Report of the Bombay Plague Committee
Disease focus: Plague
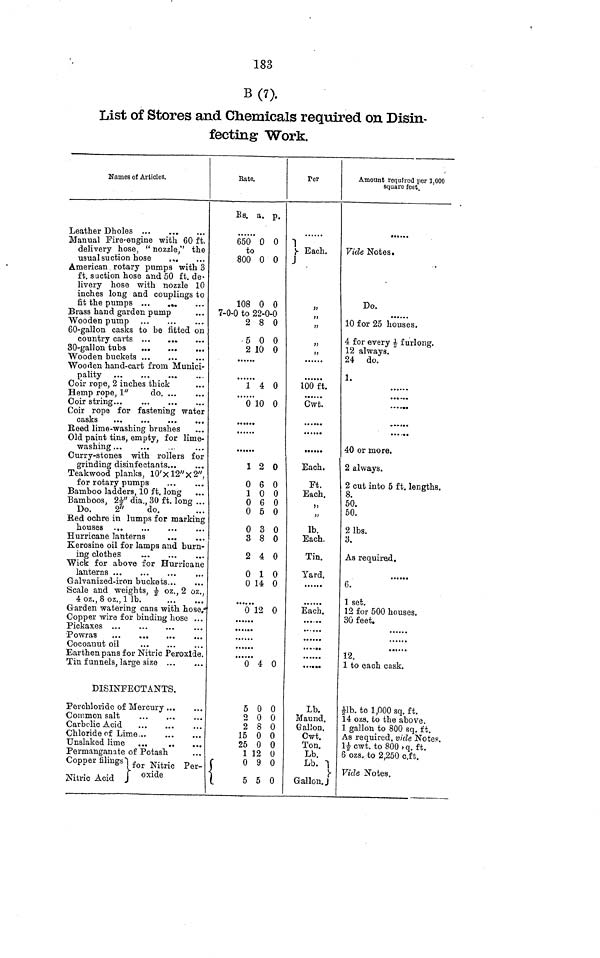
183
B(7).
List of Stores and Chemicals required on Disin-
fecting Work.
Names of Articles.
Leather Dholes
Manual Fire-engine -with 60 ft.
delivery hose, " nozzle," the
usual suction hose
r ,.
American rotary pumps with 3
ft. suction hose and 50 ft. de*
livery hose with nozzle 10
inches long and couplings to
fit the pumps
Brass hand garden pump
Wooden pump
60-gallon casks to be fitted on
country carts
30-gallon tubs
Wooden buckets
Wooden hand-cart from Munici-
Coir rope, 2 inches thick
Hemp rope, 1"
do
Coir string...
...
...
Coir rope for fastening water
Beed lime-washing brushes
Old paint tins, empty, for lime-
washing
Curry-stones with rollers for
grinding disinfectants
Teakwood planks, I0'xl2"x2",
for rotary pumps
Bamboo ladders, 10 ft. long
Bamboos, 2£" dia., 30 ft. long ...
Do.
2"
do.
Bed ochre in lumps for marking
Hurricane lanterns
Kerosine oil for lamps and burn-
ing clothes
Wick for above for Hurricane
G-alvanized-iron buckets
Scale and weights, g- oz., 2 oz.,
4 oz., 8 oz., 1 Ib.
G-arden watering cans with hose."
Copper wire for binding hose ...
Pickaxes
Cocoanut oil
Earthen pans for Nitric Peroxide.
Tin funnels, large size ...
DISINFECTANTS.
Perchloride of Mercury ...
Common salt
Carbolic Acid
Chloride of Lime
Unslaked lime ...
Permanganate of Potash
Copper filings j for Nitric per-
Nitric Acid j oxide
Bate.
Bs. a. p.
650" 0 0
to
800 0 0
108 0 0
7-0-0 to 22-0-0
2 8 0
5 0 0
2 10 0
••«*••
""{' 4 0
" 0 10 0
......
«••.*•
1 2 0
0 6 0
1 0 0
0 6 0
0 5 0
0 3 0
3 8 0
2 4 0
0 1 0
0 14 0
......
0 12 0
""6" 4 0
5 0 0
2 0 0
2 8 0
15 0 0
25 0 0
1 12 0
f
0 9 0
1
5 5 0
Per
1
}• Each.
J
a
»
jj
»
u
ibo'ft.
Cwt.
......
......
•«••••
Each.
Ft.
Each,
)>
jj
Ib.
Each.
Tin.
Yard.
..»..
Each.
......
• • . «••
......
Lb.
Maund.
Gallon.
Cwt.
Ton.
Lb.
Lb. -\
Gallon. J
Amount required per 1.000
square feet.
Vide Notes.
Do.
......
10 for 25 houses.
4 for every £ furlong.
12 always.
24 do.
1.
••»•*•
• • • •••
40 or more.
2 always.
2 cut into 5 ft. lengths.
8.
50.
50.
2 Ibs.
3.
As required.
6.
1 set.
12 for 500 houses.
30 feet.
......
12.
1 to each cask.
fib. to 1,000 sq. ft.
14 ozs. to the above.
1 gallon to 800 sq. ft.
As required, vide Notes.
If cwt. to 800 s-q. ft.
6 ozs, to 2,250 c.f t.
Vide Notes.